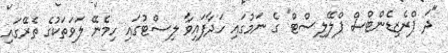
"ދަ ޕްރެޒިޑެންޓްސް ޕްލޭލިސްޓް" ގެ ނަމުގައި ހަދާފައިވާ ލިސްޓުގައި ހިމެނޭ ލަވަތަކުގެ ތެރޭގައި